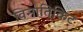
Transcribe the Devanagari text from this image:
विनातिकिट